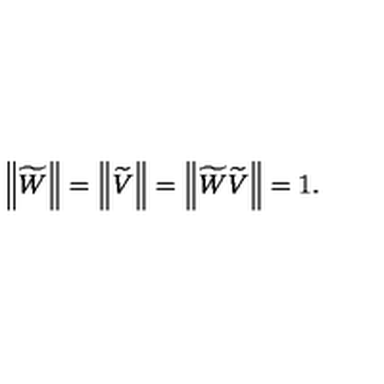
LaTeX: \left\| \widetilde { W } \right\| = \left\| \widetilde { V } \right\| = \left\| \widetilde { W } \widetilde { V } \right\| = 1 .